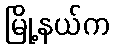
မြို့နယ်က